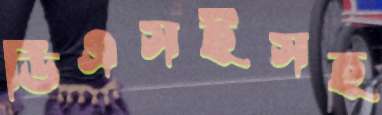
ডিএসইসহ